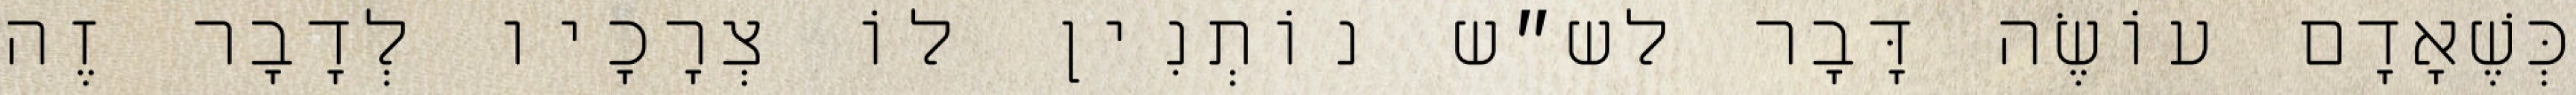
כְּשֶׁאָדָם עוֹשֶׂה דָּבָר לש״ש נוֹתְנִין לוֹ צְרָכָיו לְדָבָר זֶה